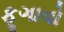
ફૂગાવો